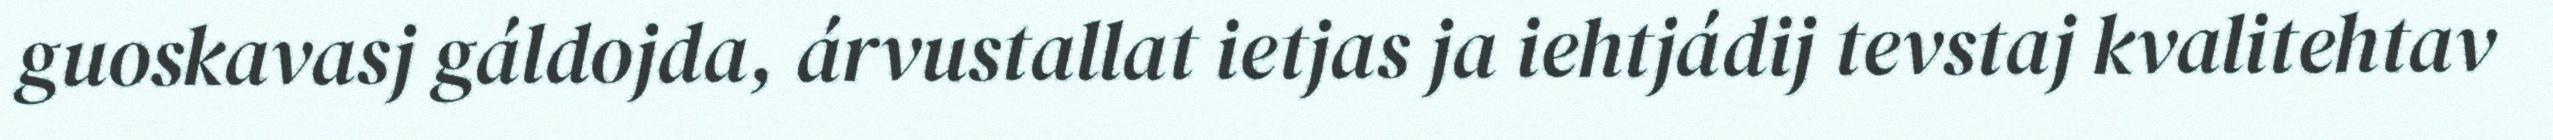
guoskavasj gáldojda, árvustallat ietjas ja iehtjádij tevstaj kvalitehtav